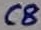
Text: C8